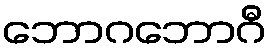
ဘောဂဘောဂီ